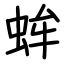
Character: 蛑